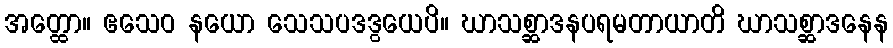
အတ္ထော။ ဧသေဝ နယော သေသပဒဒွယေပိ။ ဃာသစ္ဆာဒနပရမတာယာတိ ဃာသစ္ဆာဒနေန